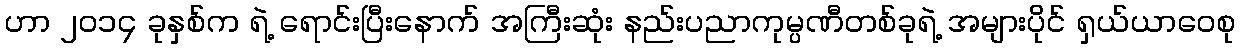
ဟာ ၂၀၁၄ ခုနှစ်က ရဲ့ ရောင်းပြီးနောက် အကြီးဆုံး နည်းပညာကုမ္ပဏီတစ်ခုရဲ့ အများပိုင် ရှယ်ယာဝေစု